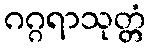
ဂဂ္ဂရာသုတ္တံ